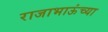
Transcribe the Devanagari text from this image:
राजाभाऊंच्या